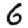
Digit: 6